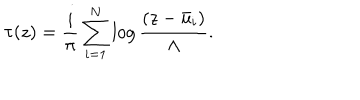
LaTeX: \tau ( z ) = \frac { i } { \pi } \sum _ { i = 1 } ^ { N } \log \frac { ( z - \bar { u } _ { i } ) } { \Lambda } .